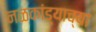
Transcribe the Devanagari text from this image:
नळकांड्याच्या